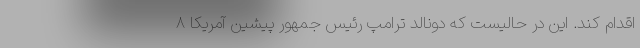
اقدام کند. این در حالیست که دونالد ترامپ رئیس جمهور پیشین آمریکا ۸